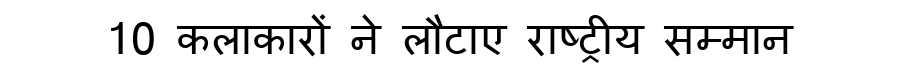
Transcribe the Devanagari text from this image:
10 कलाकारों ने लौटाए राष्ट्रीय सम्मान